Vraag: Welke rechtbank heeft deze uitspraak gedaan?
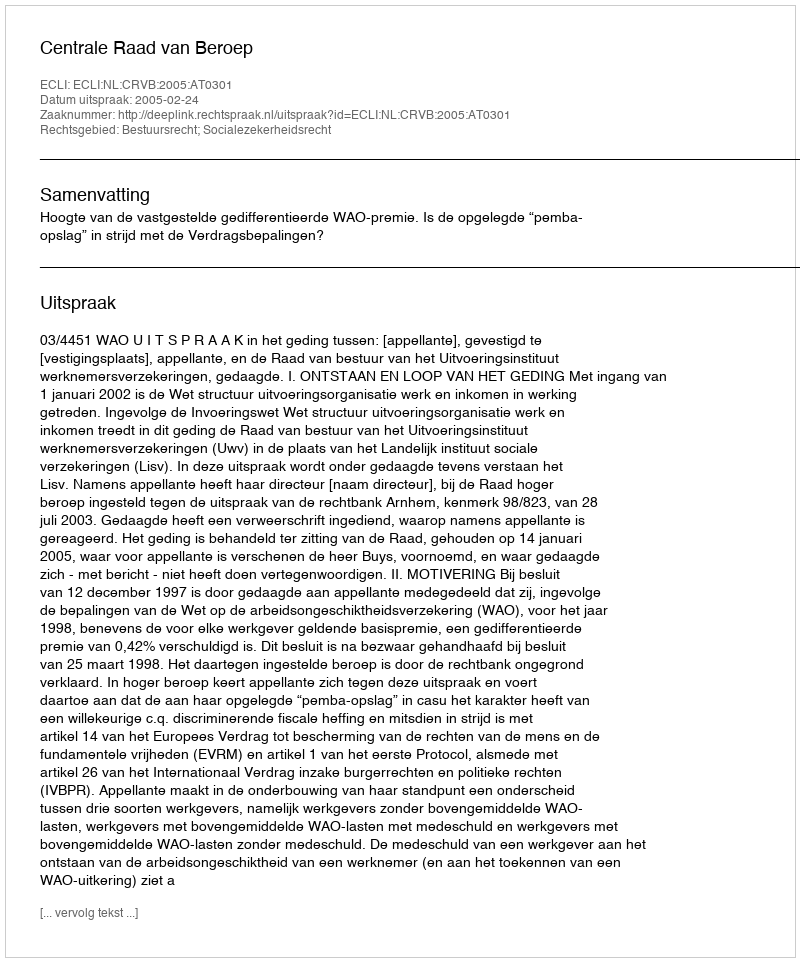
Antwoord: Centrale Raad van Beroep